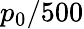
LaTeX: p_{0}/500